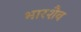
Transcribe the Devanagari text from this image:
भारशैव